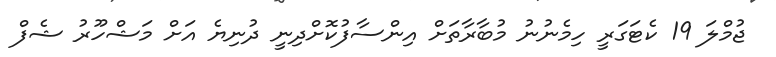
ޖުމްލަ 19 ކެޓަގަރީ ހިމެނުނު މުބާރާތަށް އިންސާފުކޮށްދިނީ ދުނިޔެ އަށް މަޝްހޫރު ޝެފް